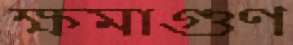
ক্ষমাগুণ